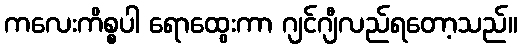
ကလေးကိစ္စပါ ရောထွေးကာ ဂျင်ဂျီလည်ရတော့သည်။